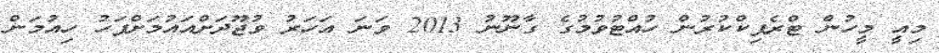
މިއީ މީހުން ޓްރެފިކްކުރުން ހުއްޓުވުމުގެ ގާނޫނު 2013 ވަނަ އަހަރު ވުޖޫދަށްއައުމަށްފަހު ހިއުމަން